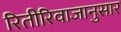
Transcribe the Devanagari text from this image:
रितीरिवाजानुसार